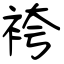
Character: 袴